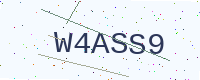
Text: W4ASS9